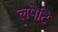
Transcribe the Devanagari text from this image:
लपेटि